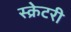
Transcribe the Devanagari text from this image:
स्क्रेटरी